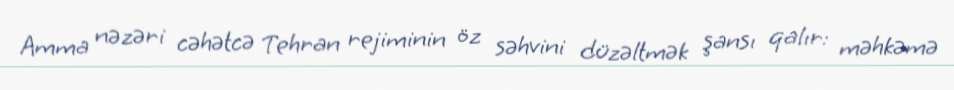
Amma nəzəri cəhətcə Tehran rejiminin öz səhvini düzəltmək şansı qalır: məhkəmə